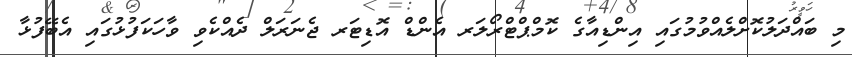
މި ބައްދަލުކޮށްލެއްވުމުގައި އިންޑިއާގެ ކޮމްޕްޓްރޯލަރ އެންޑް އޮޑިޓަރ ޖެނަރަލް ދެއްކެވި ވާހަކަފުޅުގައި އެބޭފުޅާ